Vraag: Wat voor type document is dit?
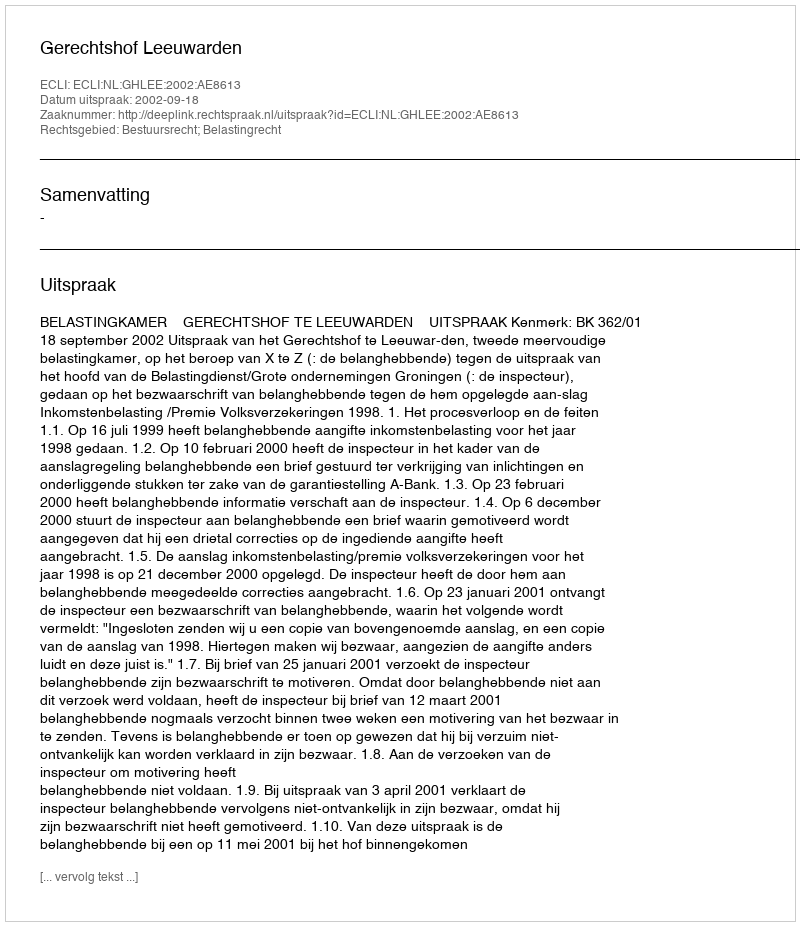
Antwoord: Uitspraak